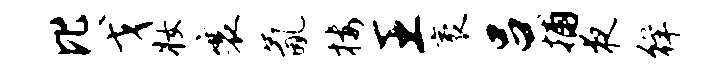
比戈妆襄氤楼王袤吕捕夜徉